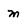
Character: m